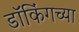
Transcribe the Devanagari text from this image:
डॉकिंगच्या